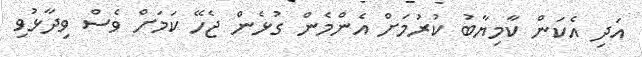
އަދި އެކަން ކާމިޔާބު ކުރުމަށް އެންމެން ގުޅެން ޖެހޭ ކަމަށް ވެސް ވިދާޅުވި